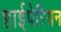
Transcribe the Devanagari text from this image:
हाईपेरियन